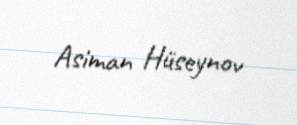
Asiman Hüseynov